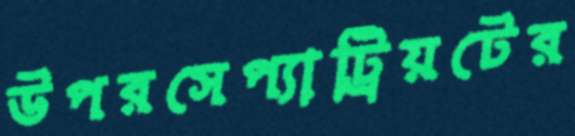
উপরসেপ্যাট্রিয়টের